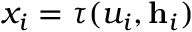
x _ { i } = \tau ( u _ { i } , { \bf h } _ { i } )